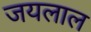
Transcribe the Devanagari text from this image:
जयलाल